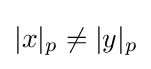
|x|_{p}\neq |y|_{p}